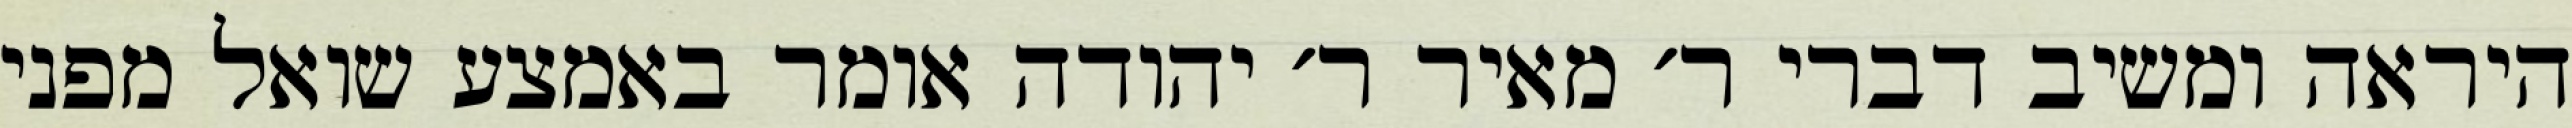
היראה ומשיב דברי ר׳ מאיר ר׳ יהודה אומר באמצע שואל מפני